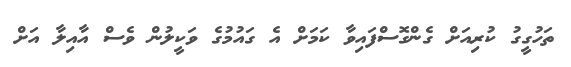
ތަހުގީގު ކުރިއަށް ގެންގޮސްފައިވާ ކަމަށް އެ ގައުމުގެ ވަކީލުން ވެސް އާއިލާ އަށް